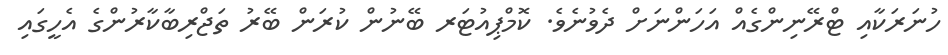
ހުނަރަކާއި ޓްރޭނިންގެއް އަހަންނަށް ދެވުނެވެ. ކޮމްޕިއުޓަރ ބޭނުން ކުރަން ބޭރު ތަޖްރިބާކާރުންގެ އެހީގައި